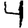
Digit: 4